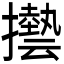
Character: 𫾓